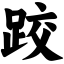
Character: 跤